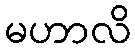
မဟာလိ